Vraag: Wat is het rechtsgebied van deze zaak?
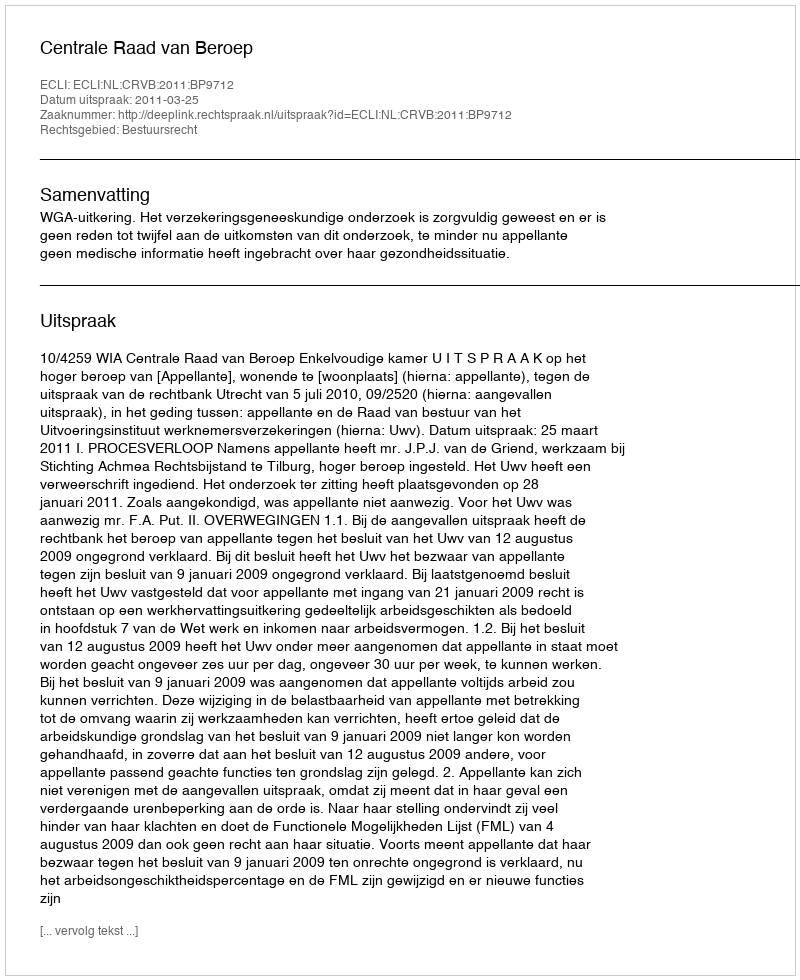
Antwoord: Bestuursrecht